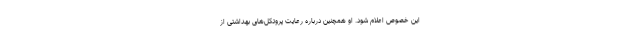
این خصوص اعلام شود. او همچنین درباره رعایت پروتکل‌های بهداشتی از